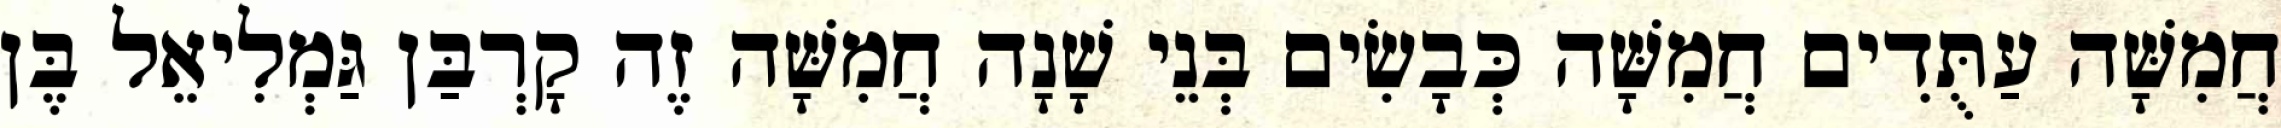
חֲמִשָּׁה עַתֻּדִים חֲמִשָּׁה כְּבָשִׂים בְּנֵי שָׁנָה חֲמִשָּׁה זֶה קָרְבַּן גַּמְלִיאֵל בֶּן